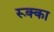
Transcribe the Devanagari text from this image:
रूक्का